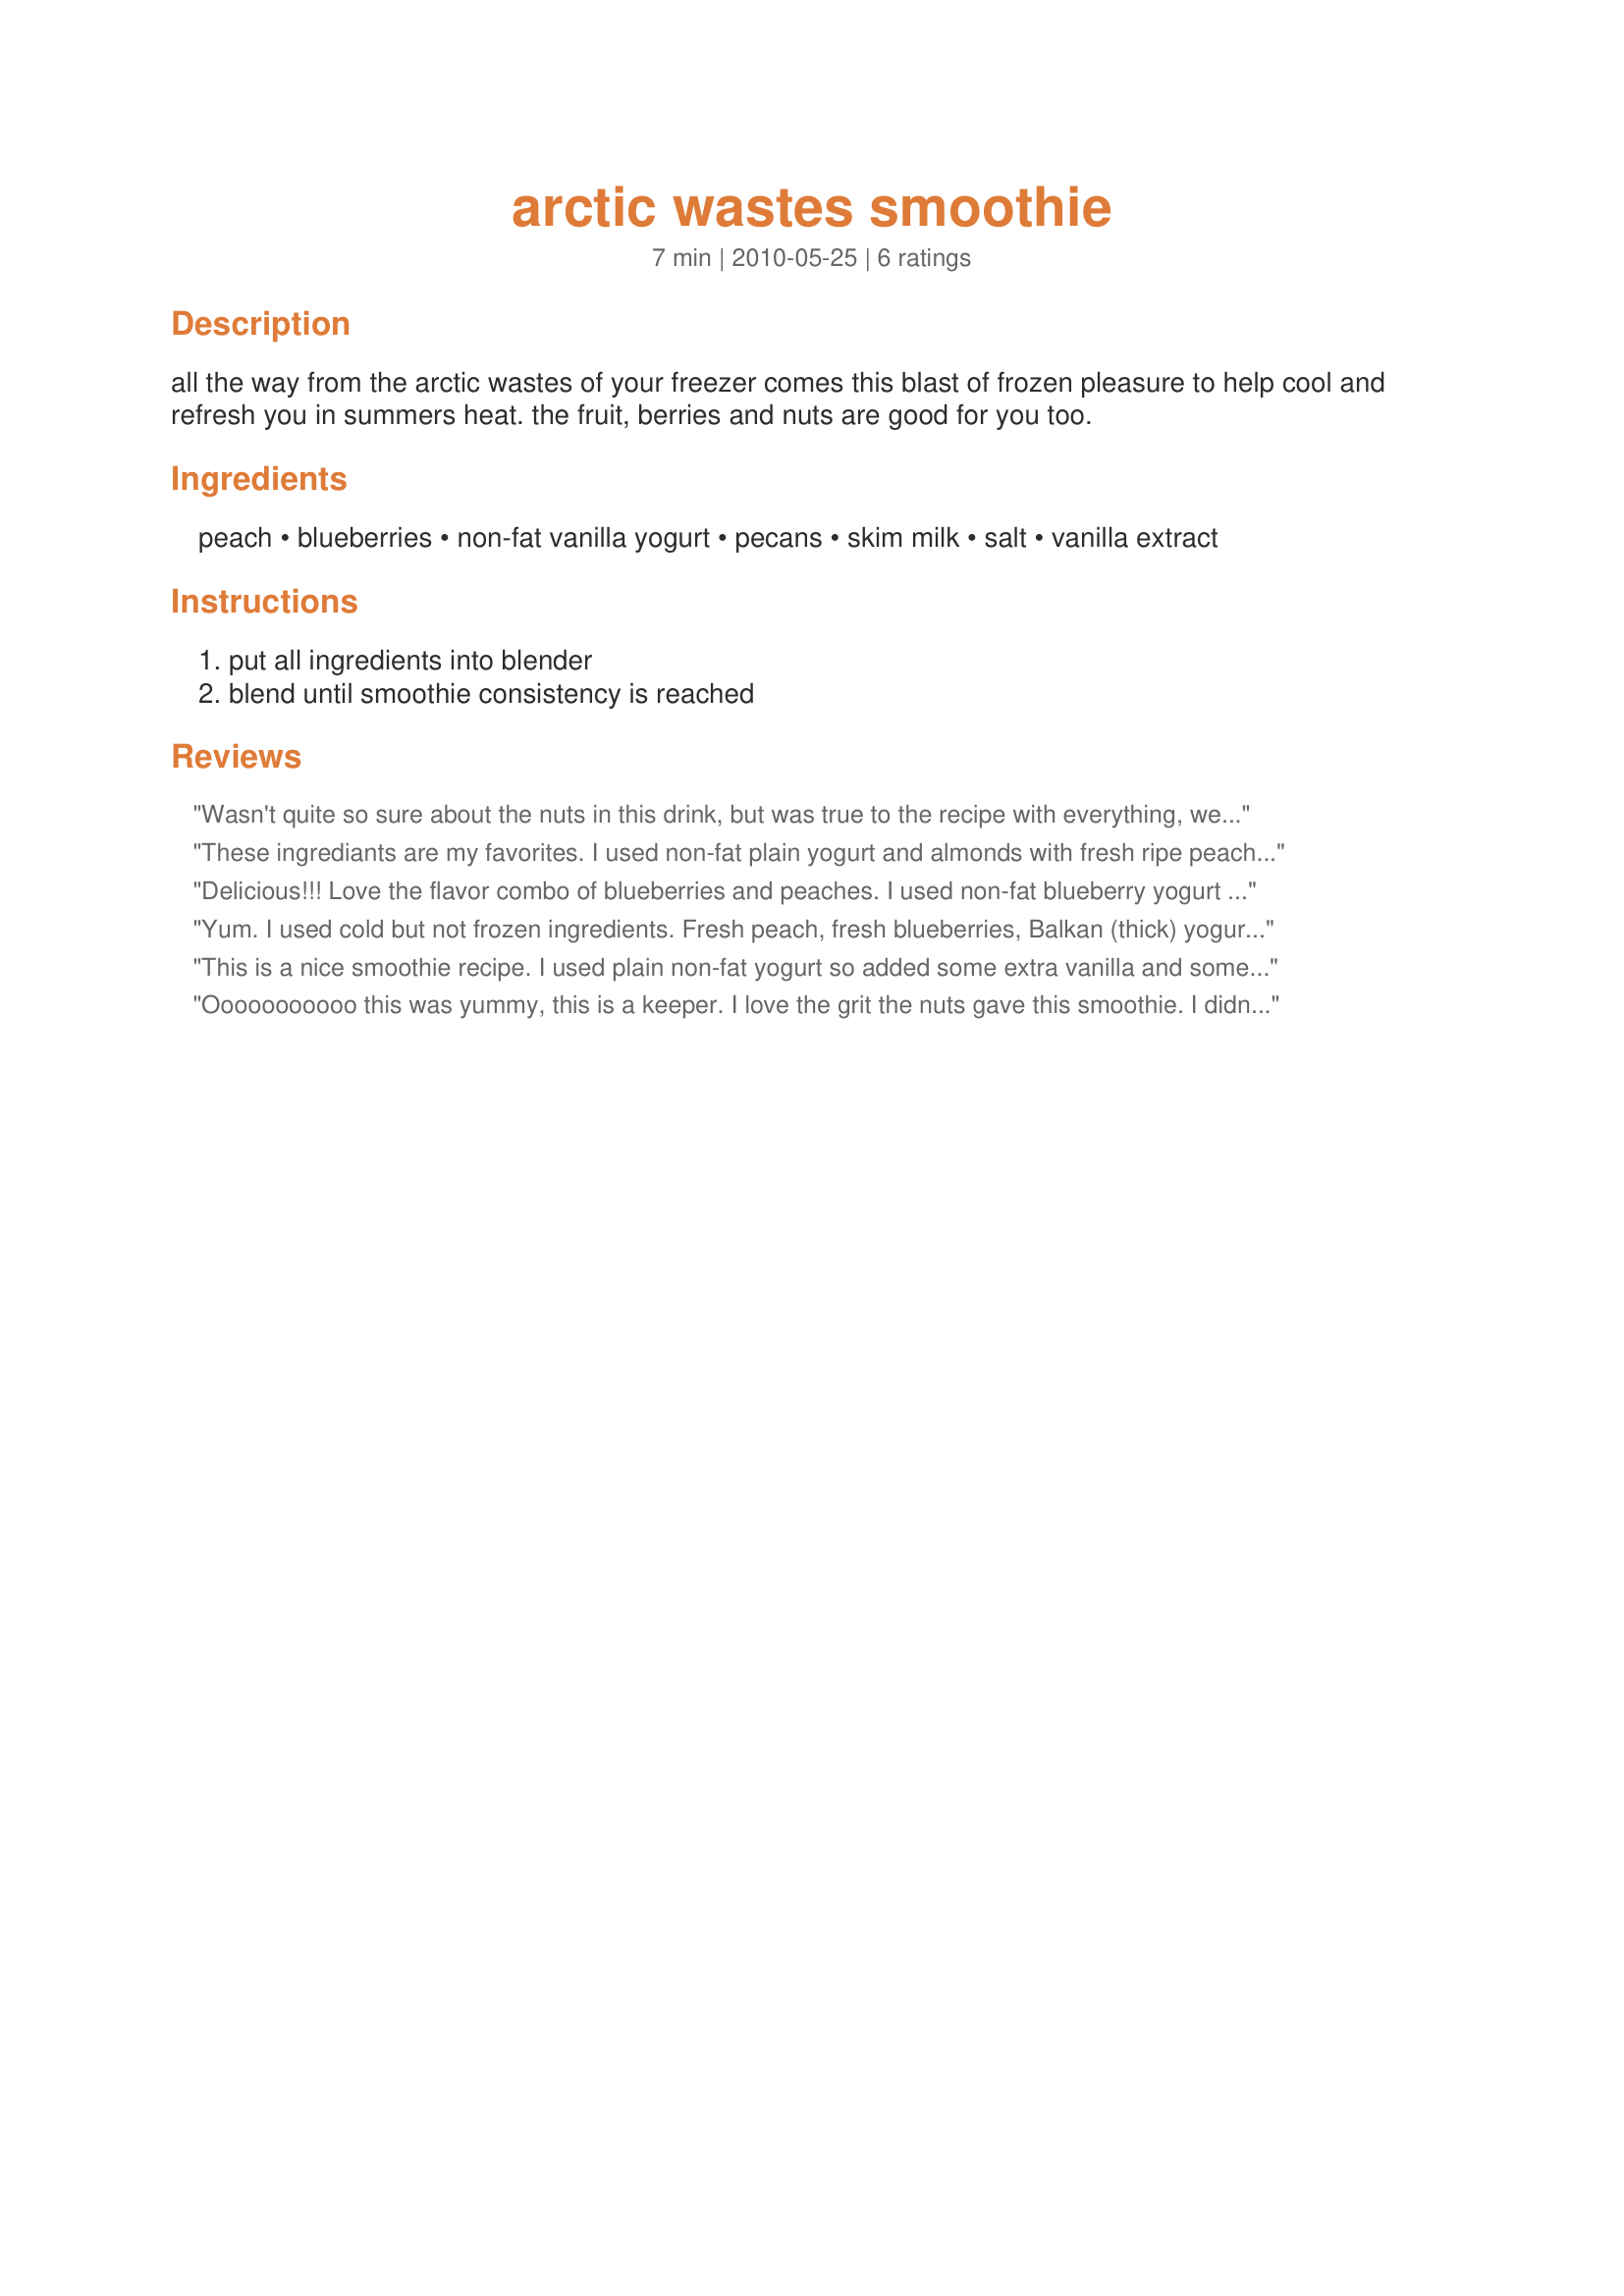
arctic wastes smoothie
Preparation time: 7 minutes

all the way from the arctic wastes of your freezer comes this blast of frozen pleasure to help cool and refresh you in summers heat. the fruit, berries and nuts are good for you too.

Ingredients:
peach, blueberries, non-fat vanilla yogurt, pecans, skim milk, salt, vanilla extract

Steps:
put all ingredients into blender, blend until smoothie consistency is reached

Reviews:
Wasn't quite so sure about the nuts in this drink, but was true to the recipe with everything, well, except that [1] I used a handful of blueberries rather than counting them out, & [2] I didn't freeze the yogurt! Made for a great tasting smoothie, though, & I'll be keeping the recipe on hand for making again! Thanks for sharing this great keeper! [Made & reviewed in Newest Zaar tag]
These ingrediants are my favorites. I used non-fat plain yogurt and almonds with fresh ripe peaches. I didn't use the salt but did add a t.of vanilla.As RR would say: YUMMY. The name is the best. Love the reason you named it Arctic Wastes!
Delicious!!! Love the flavor combo of blueberries and peaches. I used non-fat blueberry yogurt and skim milk for a practically guilt free smoothie. <br/>Made for PRMR.
Yum. I used cold but not frozen ingredients. Fresh peach, fresh blueberries, Balkan (thick) yogurt which I added extra halal vanilla paste to, walnuts instead of pecans as that is what I had available, Recipe #174601, & less sea salt.
This is a nice smoothie recipe. I used plain non-fat yogurt so added some extra vanilla and some splenda for sweetness. I also omitted the salt and used ground almonds in place of the pecans. A great way to use up those Arctic wastes! Made for PRMR.
Ooooooooooo this was yummy, this is a keeper. I love the grit the nuts gave this smoothie. I didn't have any fresh peaches so I used 8 frozen peach wedges and actually counted the 10 frozen blueberries. Thanks for sharing!!
